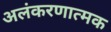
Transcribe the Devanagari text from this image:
अलंकरणात्मक